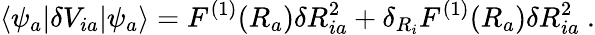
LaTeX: \langle\psi_{a}|\delta V_{ia}|\psi_{a}\rangle=F^{(1)}(R_{a})\delta R_{ia}^{2}+\delta_{R_{i}}F^{(1)}(R_{a})\delta R_{ia}^{2}\ .